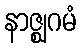
နာဇ္ဈဂမံ